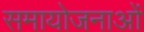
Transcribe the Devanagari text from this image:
समायोजनाओं